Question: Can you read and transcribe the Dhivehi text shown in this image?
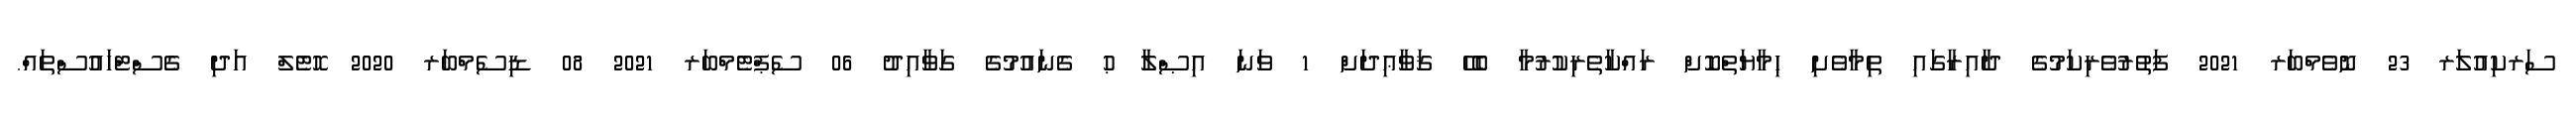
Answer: ސަރކިއުލަރ 23 ނޮވެމްބަރ 2021 ފަތުރުވެރިކަމުގެ ދާއިރާގައި ތިމާވެށި ޙިމާޔަތްކޮށް ރައްކާތެރިކުރުމާ ބެހޭ ޤަވާޢިދަށް 1 ވަނަ އިޞްލާ ޙު ގެނައުމުގެ ގަވާއިދު 06 ސެޕްޓެމްބަރ 2021 08 ޑިސެމްބަރ 2020 ހޮޓެލް އަދި ގެސްޓްހައުސްތައް.